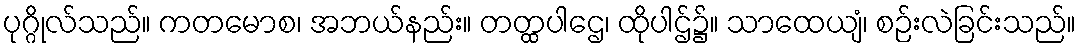
ပုဂ္ဂိုလ်သည်။ ကတမောစ၊ အဘယ်နည်း။ တတ္ထပါဌေ၊ ထိုပါဌ်၌။ သာထေယျံ၊ စဉ်းလဲခြင်းသည်။